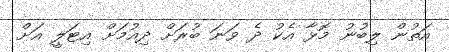
އަތުން ލިބުނު މޮޅާ އެކު ދެ ވަނަ ބުރަށް ދިއުމަށް އިޓަލީ އަށް